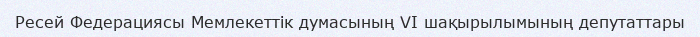
Ресей Федерациясы Мемлекеттік думасының VI шақырылымының депутаттары